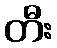
တီး